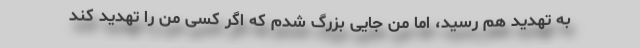
به تهدید هم رسید، اما من جایی بزرگ شدم که اگر کسی من را تهدید کند